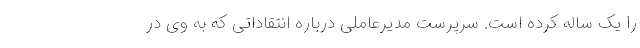
را یک ساله کرده است. سرپرست مدیرعاملی درباره انتقاداتی که به وی در